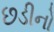
છડીનો